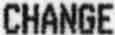
CHANGE